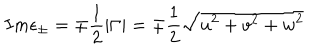
I m \epsilon _ { \pm } = \mp \frac 1 2 \left| \Gamma \right| = \mp \frac 1 2 \sqrt { u ^ { 2 } + v ^ { 2 } + w ^ { 2 } }